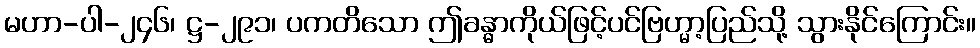
မဟာ-ပါ-၂၄၆၊ ဋ္ဌ-၂၉၁၊ ပကတိသော ဤခန္ဓာကိုယ်ဖြင့်ပင်ဗြဟ္မာ့ပြည်သို့ သွားနိုင်ကြောင်း။